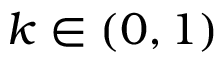
k \in ( 0 , 1 )